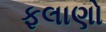
ફલાણો